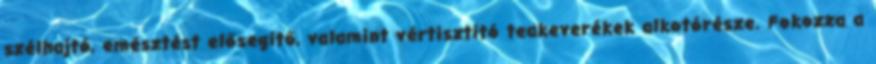
szélhajtó, emésztést elősegítő, valamint vértisztító teakeverékek alkotórésze. Fokozza a